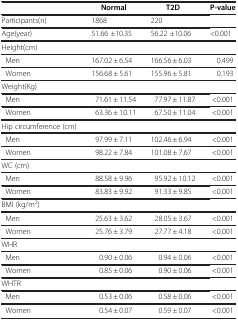
|  | Normal | T2D | P-value |
 | --- | --- | --- | --- |
 | Participants(n) | 1868 | 220 |  |
 | Age(year) | 51.66 ±10.35 | 56.22 ±10.06 | <0.001 |
 | Height(cm) |  |  |  |
 | Men | 167.02 ± 6.54 | 166.56 ± 6.03 | 0.499 |
 | Women | 156.68 ± 5.61 | 155.96 ± 5.81 | 0.193 |
 | Weight(Kg) |  |  |  |
 | Men | 71.61 ± 11.54 | 77.97 ± 11.87 | <0.001 |
 | Women | 63.36 ± 10.11 | 67.50 ± 11.04 | <0.001 |
 | Hip circumference (cm) |  |  |  |
 | Men | 97.99 ± 7.11 | 102.46 ± 6.94 | <0.001 |
 | Women | 98.22 ± 7.84 | 101.08 ± 7.67 | <0.001 |
 | WC (cm) |  |  |  |
 | Men | 88.58 ± 9.96 | 95.92 ± 10.12 | <0.001 |
 | Women | 83.83 ± 9.92 | 91.33 ± 9.85 | <0.001 |
 | BMI (kg/m2) |  |  |  |
 | Men | 25.63 ± 3.62 | 28.05 ± 3.67 | <0.001 |
 | Women | 25.76 ± 3.79 | 27.77 ± 4.18 | <0.001 |
 | WHR |  |  |  |
 | Men | 0.90 ± 0.06 | 0.94 ± 0.06 | <0.001 |
 | Women | 0.85 ± 0.06 | 0.90 ± 0.06 | <0.001 |
 | WHTR |  |  |  |
 | Men | 0.53 ± 0.06 | 0.58 ± 0.06 | <0.001 |
 | Women | 0.54 ± 0.07 | 0.59 ± 0.07 | <0.001 |